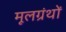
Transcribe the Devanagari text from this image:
मूलग्रंथों